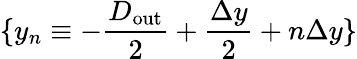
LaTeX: \{ y_{n}\equiv-\frac{D_{\mathrm{out}}}{2}+\frac{\Delta y}{2}+n\Delta y\}